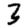
Digit: 3